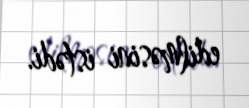
edilməsini istədi.